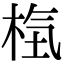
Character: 𣒻